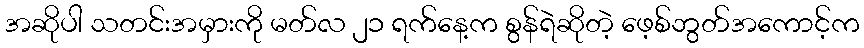
အဆိုပါ သတင်းအမှားကို မတ်လ ၂၁ ရက်နေ့က စွန်ရဲဆိုတဲ့ ဖေ့စ်ဘွတ်အကောင့်က